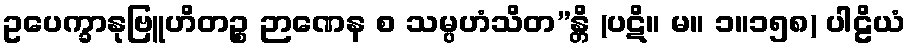
ဥပေက္ခာနုဗြူဟိတဉ္စ ဉာဏေန စ သမ္ပဟံသိတ”န္တိ (ပဋိ။ မ။ ၁။၁၅၈) ပါဠိယံ